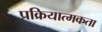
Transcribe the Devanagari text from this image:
प्रक्रियात्मकता